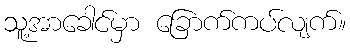
သူ့အာခေါင်မှာ ခြောက်ကပ်လျက်။